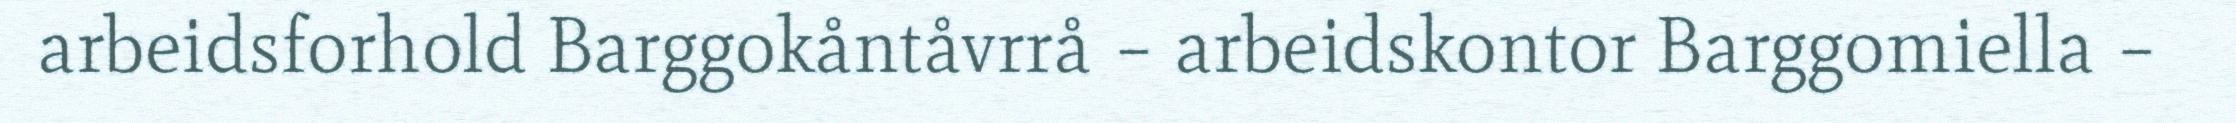
arbeidsforhold Barggokåntåvrrå – arbeidskontor Barggomiella –